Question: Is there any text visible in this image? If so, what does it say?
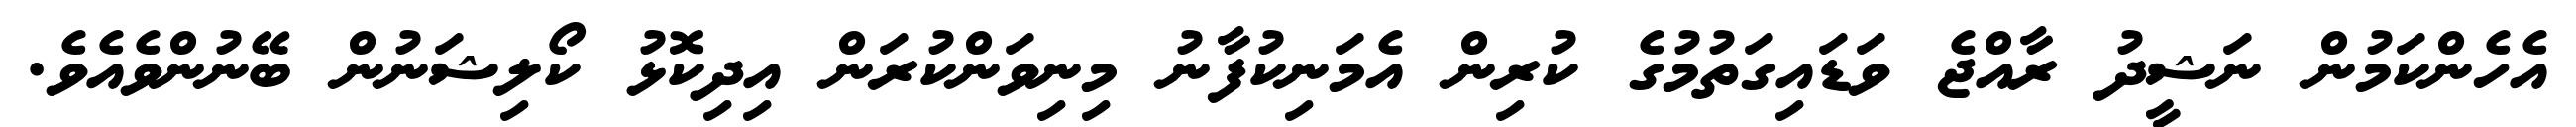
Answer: އެހެންކަމުން ނަޝީދު ރާއްޖެ ވަޑައިގަތުމުގެ ކުރިން އެމަނިކުފާނު މިނިވަންކުރަން އިދިކޮޅު ކޯލިޝަނުން ބޭނުންވެއެވެ.